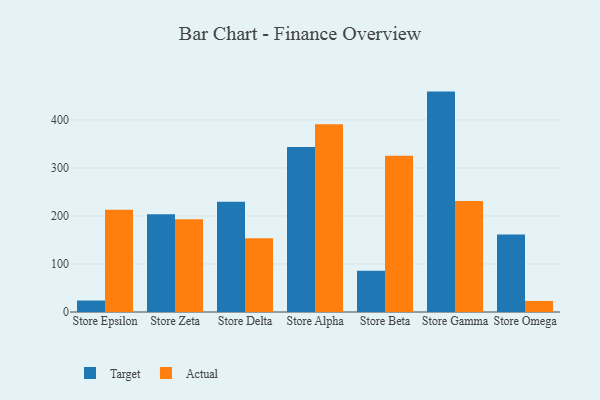
{"axis": {"x": "Store", "y": "Headcount"}, "legend": ["Actual", "Target"], "data": [{"x": "Store Epsilon", "y": 23.9, "type": "Target"}, {"x": "Store Epsilon", "y": 213.0, "type": "Actual"}, {"x": "Store Zeta", "y": 203.5, "type": "Target"}, {"x": "Store Zeta", "y": 193.0, "type": "Actual"}, {"x": "Store Delta", "y": 229.7, "type": "Target"}, {"x": "Store Delta", "y": 153.7, "type": "Actual"}, {"x": "Store Alpha", "y": 343.6, "type": "Target"}, {"x": "Store Alpha", "y": 390.9, "type": "Actual"}, {"x": "Store Beta", "y": 86.0, "type": "Target"}, {"x": "Store Beta", "y": 325.2, "type": "Actual"}, {"x": "Store Gamma", "y": 459.0, "type": "Target"}, {"x": "Store Gamma", "y": 231.4, "type": "Actual"}, {"x": "Store Omega", "y": 161.4, "type": "Target"}, {"x": "Store Omega", "y": 23.1, "type": "Actual"}]}